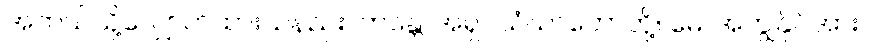
အဘယ်သို့လျှောက်ထားသနည်း။ ဘန္တေ၊ အရှင်သံဃာတော်တို့။ မေ၊ အကျွန်ုပ်အား။